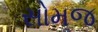
સોમજ